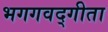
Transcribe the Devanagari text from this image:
भगगवद्गीता